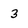
Character: 3